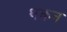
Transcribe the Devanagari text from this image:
थकन